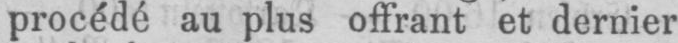
procédé au plus offrant et dernier